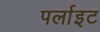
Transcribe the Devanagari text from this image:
पर्लाइट